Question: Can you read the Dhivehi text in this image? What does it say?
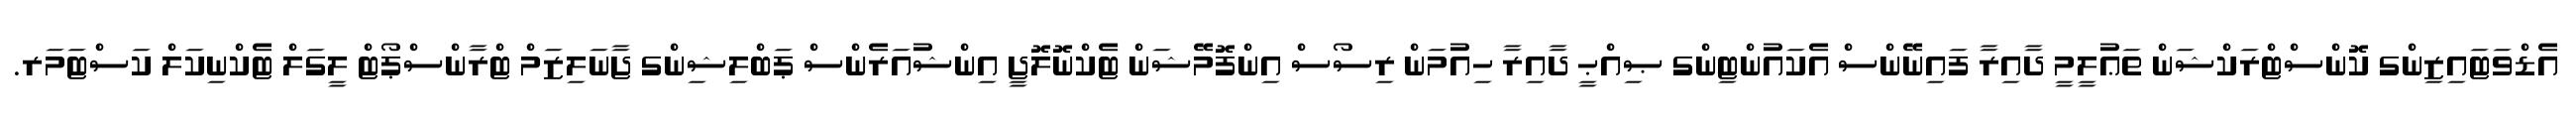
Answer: އެޑްވަޓައިޒިންގ ކޮންސްޓްރަކްޝަން ތަޢުލީމީ ދާއިރާ ފައިނޭންސް އެކައުންޓިންގ ޞިއްޙީ ދާއިރާ ހިއުމަން ރިސޯސް އިންފޮމޭޝަން ޓެކްނޮލޮޖީ އިންޝުއަރެންސް ޕަބްލިޝިންގ ޖާނަލިޒަމް ޓްރާންސްޕޯޓް ލީގަލް ޓެކްނިކަލް ކަސްޓަމަރ.